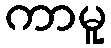
ကာမူ